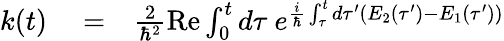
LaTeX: \begin{array}{rlr}{k(t)}&{{}=}&{\frac{2}{\hbar^{2}}\mathrm{Re}\int_{0}^{t}d\tau\ e^{\frac{i}{\hbar}\int_{\tau}^{t}d\tau^{\prime}(E_{2}(\tau^{\prime})-E_{1}(\tau^{\prime}))}}\end{array}